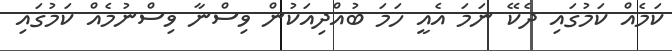
ކަމެއް ކަމުގައި ދެކޭ ނަމަ އެއީ ހަމަ ބުއްދިއަކުން ވިސްނާ ވިސްނުމެއް ކަމުގައި